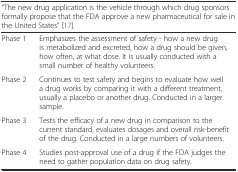
<table><thead><tr><td colspan="2"><b>“The new drug application is the vehicle through which drug sponsors formally propose that the FDA approve a new pharmaceutical for sale in the United States” [17]</b></td></tr></thead><tbody><tr><td>Phase 1</td><td>Emphasizes the assessment of safety - how a new drug is metabolized and excreted, how a drug should be given, how often, at what dose. It is usually conducted with a small number of healthy volunteers.</td></tr><tr><td>Phase 2</td><td>Continues to test safety and begins to evaluate how well a drug works by comparing it with a different treatment, usually a placebo or another drug. Conducted in a larger sample.</td></tr><tr><td>Phase 3</td><td>Tests the efficacy of a new drug in comparison to the current standard, evaluates dosages and overall risk-benefit of the drug. Conducted in a large numbers of volunteers.</td></tr><tr><td>Phase 4</td><td>Studies post-approval use of a drug if the FDA judges the need to gather population data on drug safety.</td></tr></tbody></table>